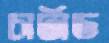
চার্টাড